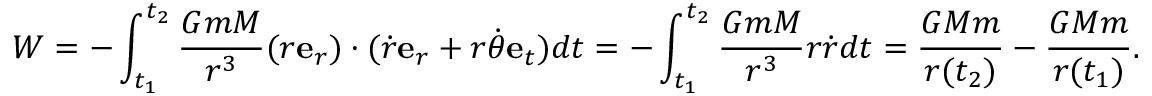
W = - \int _ { t _ { 1 } } ^ { t _ { 2 } } { \frac { G m M } { r ^ { 3 } } } ( r \mathbf { e } _ { r } ) \cdot ( { \dot { r } } \mathbf { e } _ { r } + r { \dot { \theta } } \mathbf { e } _ { t } ) d t = - \int _ { t _ { 1 } } ^ { t _ { 2 } } { \frac { G m M } { r ^ { 3 } } } r { \dot { r } } d t = { \frac { G M m } { r ( t _ { 2 } ) } } - { \frac { G M m } { r ( t _ { 1 } ) } } .